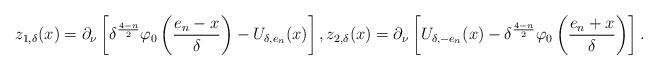
LaTeX: \begin{align*}z_{1,\delta}(x)= \partial_\nu\left[\delta^\frac{4-n}{2} \varphi_0\left(\frac{e_n-x}{\delta}\right)- U_{\delta,e_n}(x)\right],z_{2,\delta}(x)= \partial_\nu \left[ U_{\delta,-e_n}(x) -\delta^\frac{4-n}{2}\varphi_0\left(\frac{e_n+x}{\delta}\right)\right].\end{align*}